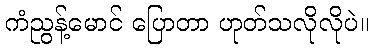
ကံညွန့်မောင် ပြောတာ ဟုတ်သလိုလိုပဲ။